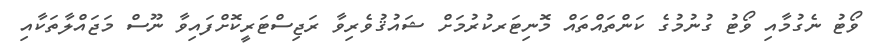
ވޯޓު ނެގުމާއި ވޯޓު ގުނުމުގެ ކަންތައްތައް މޮނިޓަރކުރުމަށް ޝައުޤުވެރިވާ ރަޖިސްޓަރީކޮށްފައިވާ ނޫސް މަޖައްލާތަކާއި